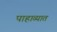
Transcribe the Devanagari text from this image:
पाहाव्यात